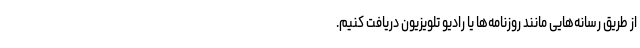
از طریق رسانه‌هایی مانند روزنامه‌ها یا رادیو تلویزیون دریافت کنیم.